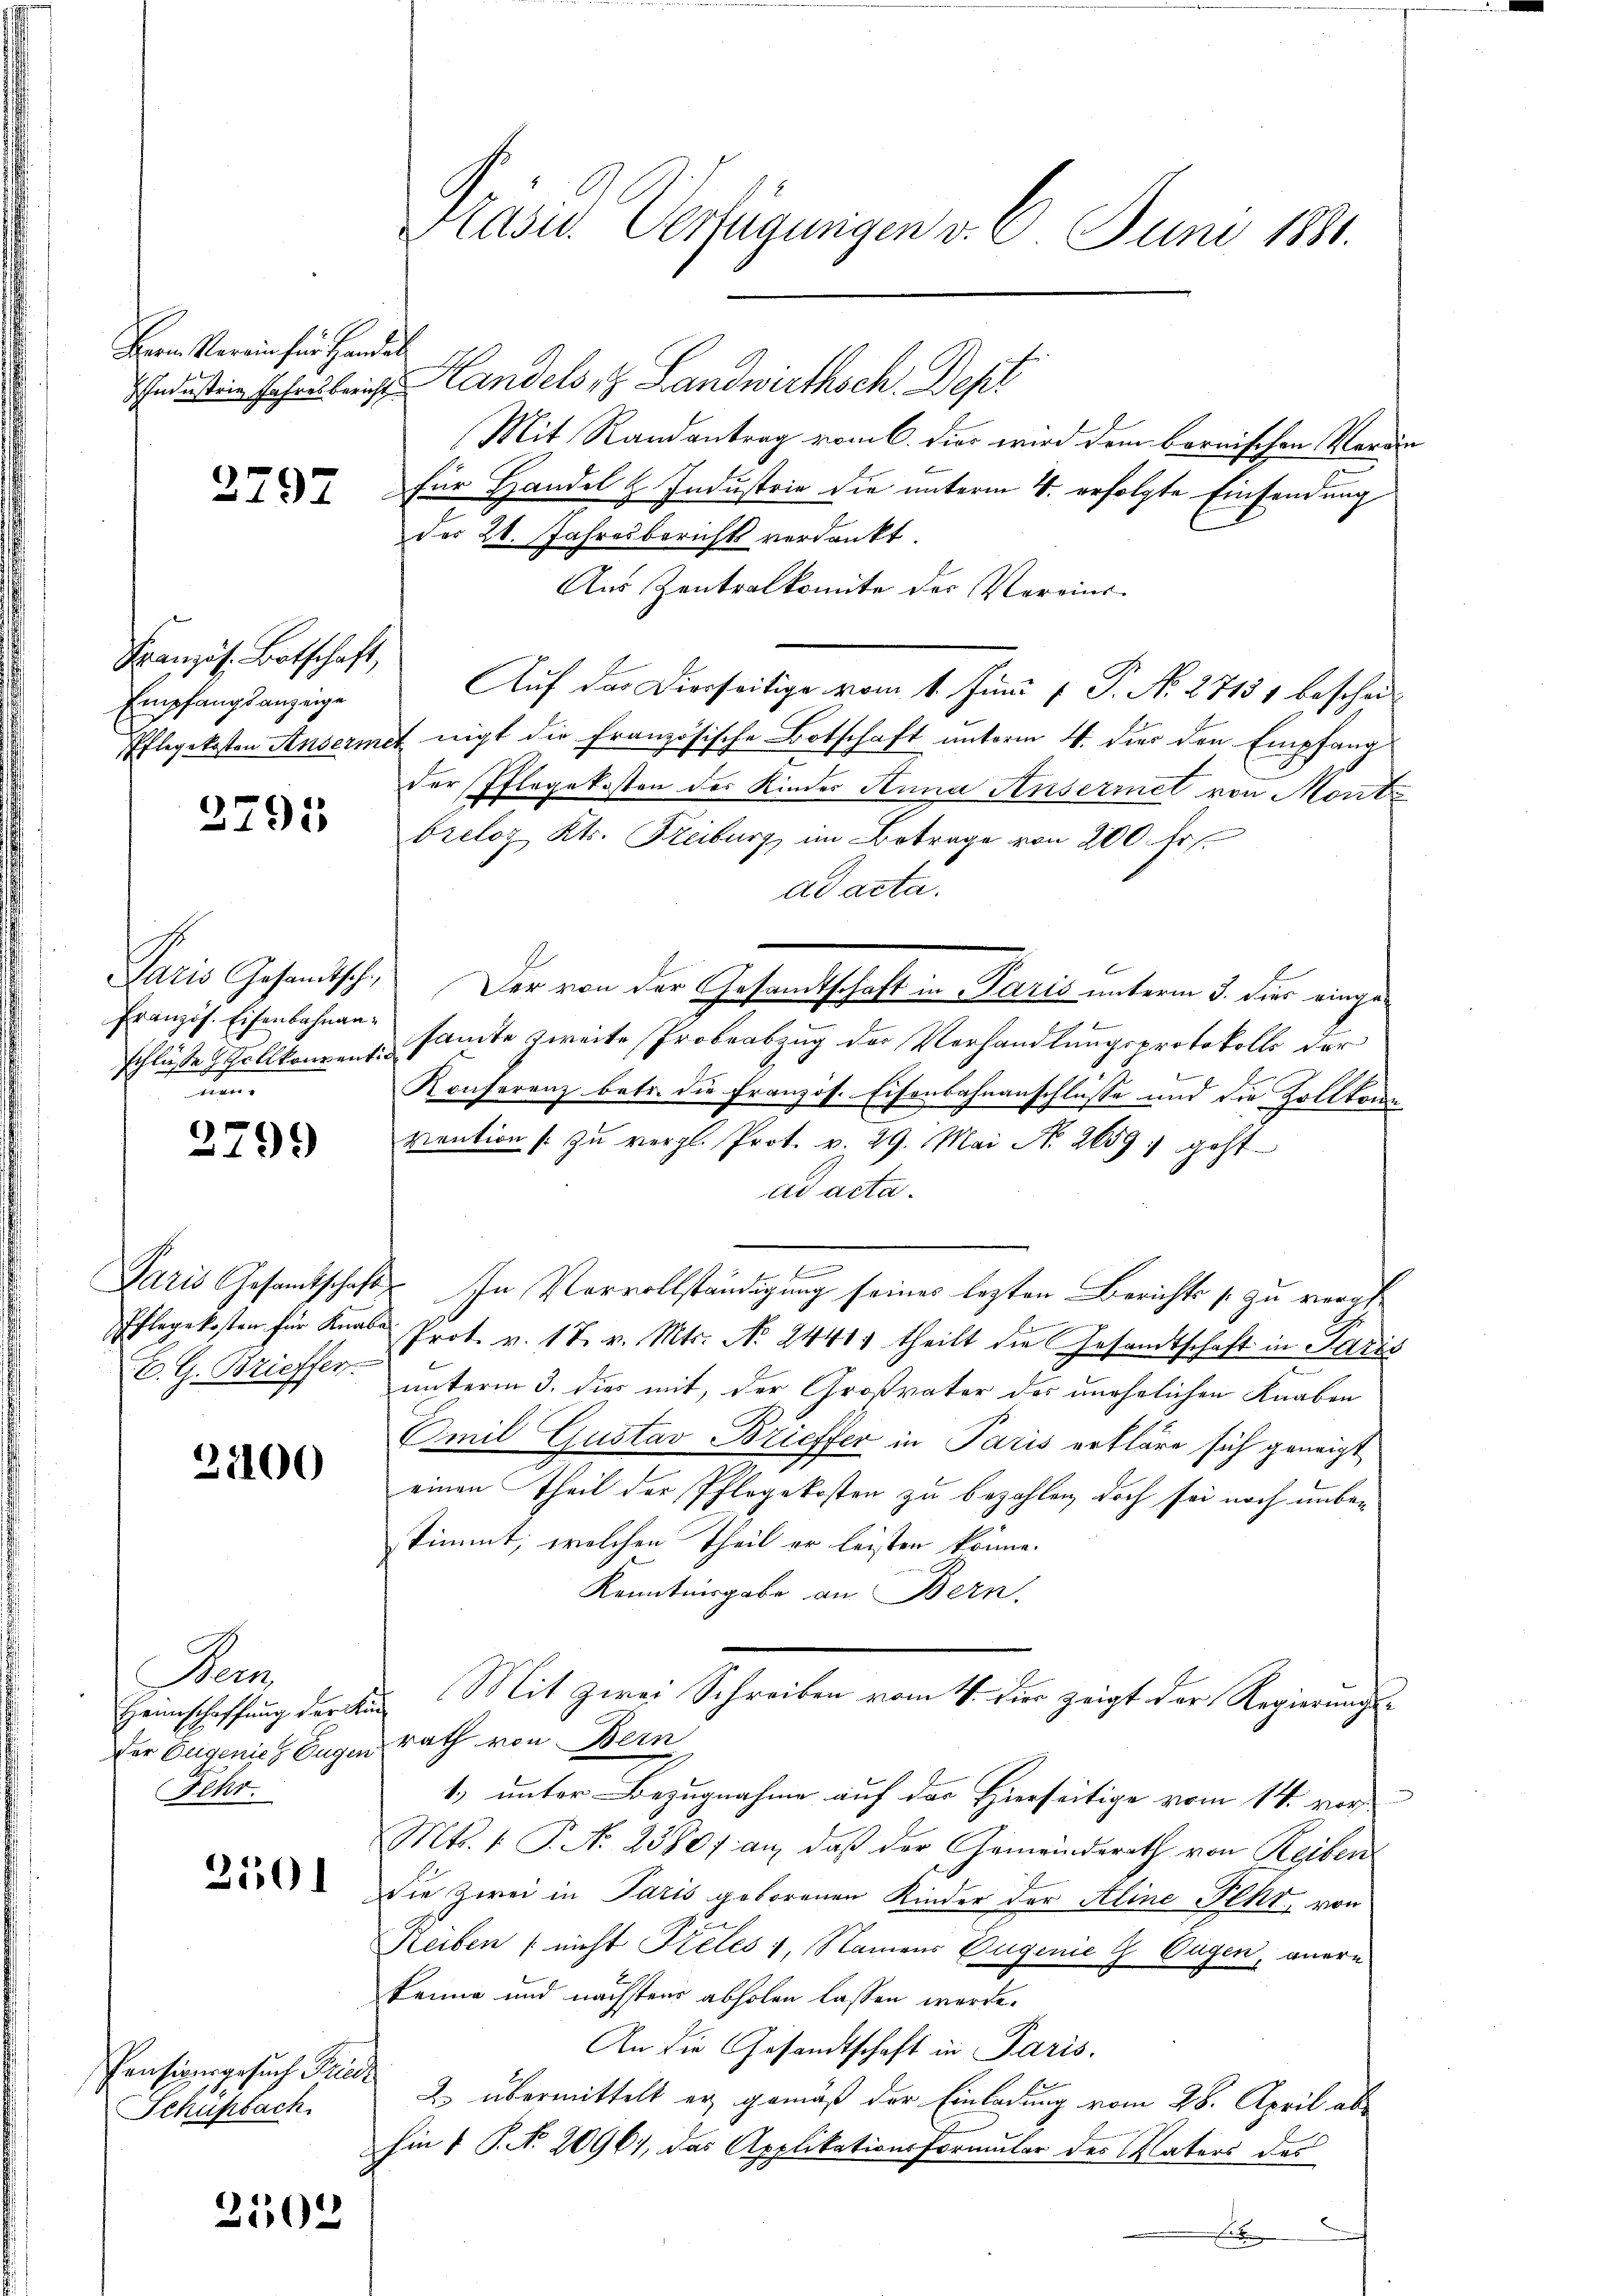
Irem Verein für Handel

2797

Französ. Botschaft,
Empfangsanzeige

2791

Französ. Eisenbahnand

2799

C. G. Brieffer

21100

Sem
Heimschaffung der A
Der Teigenie 8 Eugen
Fehr

2501

Pensionsgesuch Frie
Schühbach

2502

t

Präses Verfügungen v. 6. Juni 181.

Ichndesten Jahr übericht andels, Landwirthsch. Dep
Mit Randantrag vom 6. dies wird dem bornischen Veranfür Handel & Industrie die unterm 4. erfolgte Einsendung
der 21. Jahresberichts verdankt.
Aus Zentralkomite des Vereins-
Auf das Dierseitige vom 1. Juni 1 P. N. 27151 beschei¬
Pflegekosten Ansermet nicht die Französische Botschaft unterm 4. der den Empfang
der Pflegekosten des Kinder Anna Ansermet von Monte
breloz Kts. Freiburg, im Betrage von 200 Fr
ad acta.
6
Paris Gesandtsch. Der von der Gesandtschaft in Paris unterm 3. der eingeschlusses Zollkoment samte zweite Probeabzug der Verhandlungsprotokolls der
Konferenz betr. die Französ. Eisenbahnanschlüsse und die Zollkom
vention zu vergl. Prot. v. 29. Mai N. 2659, geht.
ad acta.
Paris Gesamtschaft. In Vervollständigung seines lezten Berichts zu verge¬
.
Pflegekosten für Knabe Prot. v. 17. v. Mts. No. 2441. theilt die Gesandtschaft in Paris
unterm 3. dies mit, der Großvater des unehrlichen Knaben
Amil Gustav Brieffer in Paris erkläre sich geneigt
einen Theil der Pflegekosten zu bezahlen, doch sei noch unbestimmt, welchen Theil er leister könne.
Kenntnisgabe an Bern.
Mit zwei Schreiben vom 4. Für zeigt der Regierungsrath von Bern
1.) unter Bezugnahme auf der Hierseitige vom 14. vor
Mts. 1. P. N. 2380f an, daß der Gemeinderath von Reiben
die Zwei in Paris geborenen Kinder der Aline Peht, von
Reiben (nicht Kieles 1, Namens Augenie 2 Eugen, anern
kenne und nächstens abholen lassen werde.
An die Gesandtschaft in Paris.
2 übermittelt er gemäß der Einladung vom 28. April abhin 1 P. No. 20964, das Applikationsformular des Vaters des
.